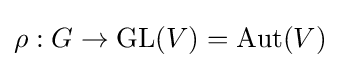
\rho :G\to {\text{GL}}(V)={\text{Aut}}(V)